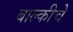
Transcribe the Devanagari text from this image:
बाल्कीचे